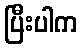
ပြီးပါက